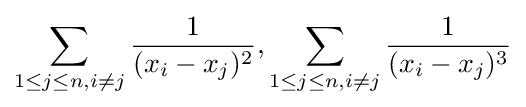
\sum _{1\leq j\leq n,i\neq j}{\frac {1}{(x_{i}-x_{j})^{2}}},\sum _{1\leq j\leq n,i\neq j}{\frac {1}{(x_{i}-x_{j})^{3}}}